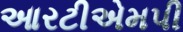
આરટીએમપી